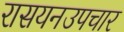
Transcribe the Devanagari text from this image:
रासयनउपचार